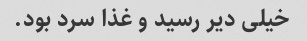
خیلى دیر رسید و غذا سرد بود.